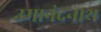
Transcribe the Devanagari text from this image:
उमानंदनाथ